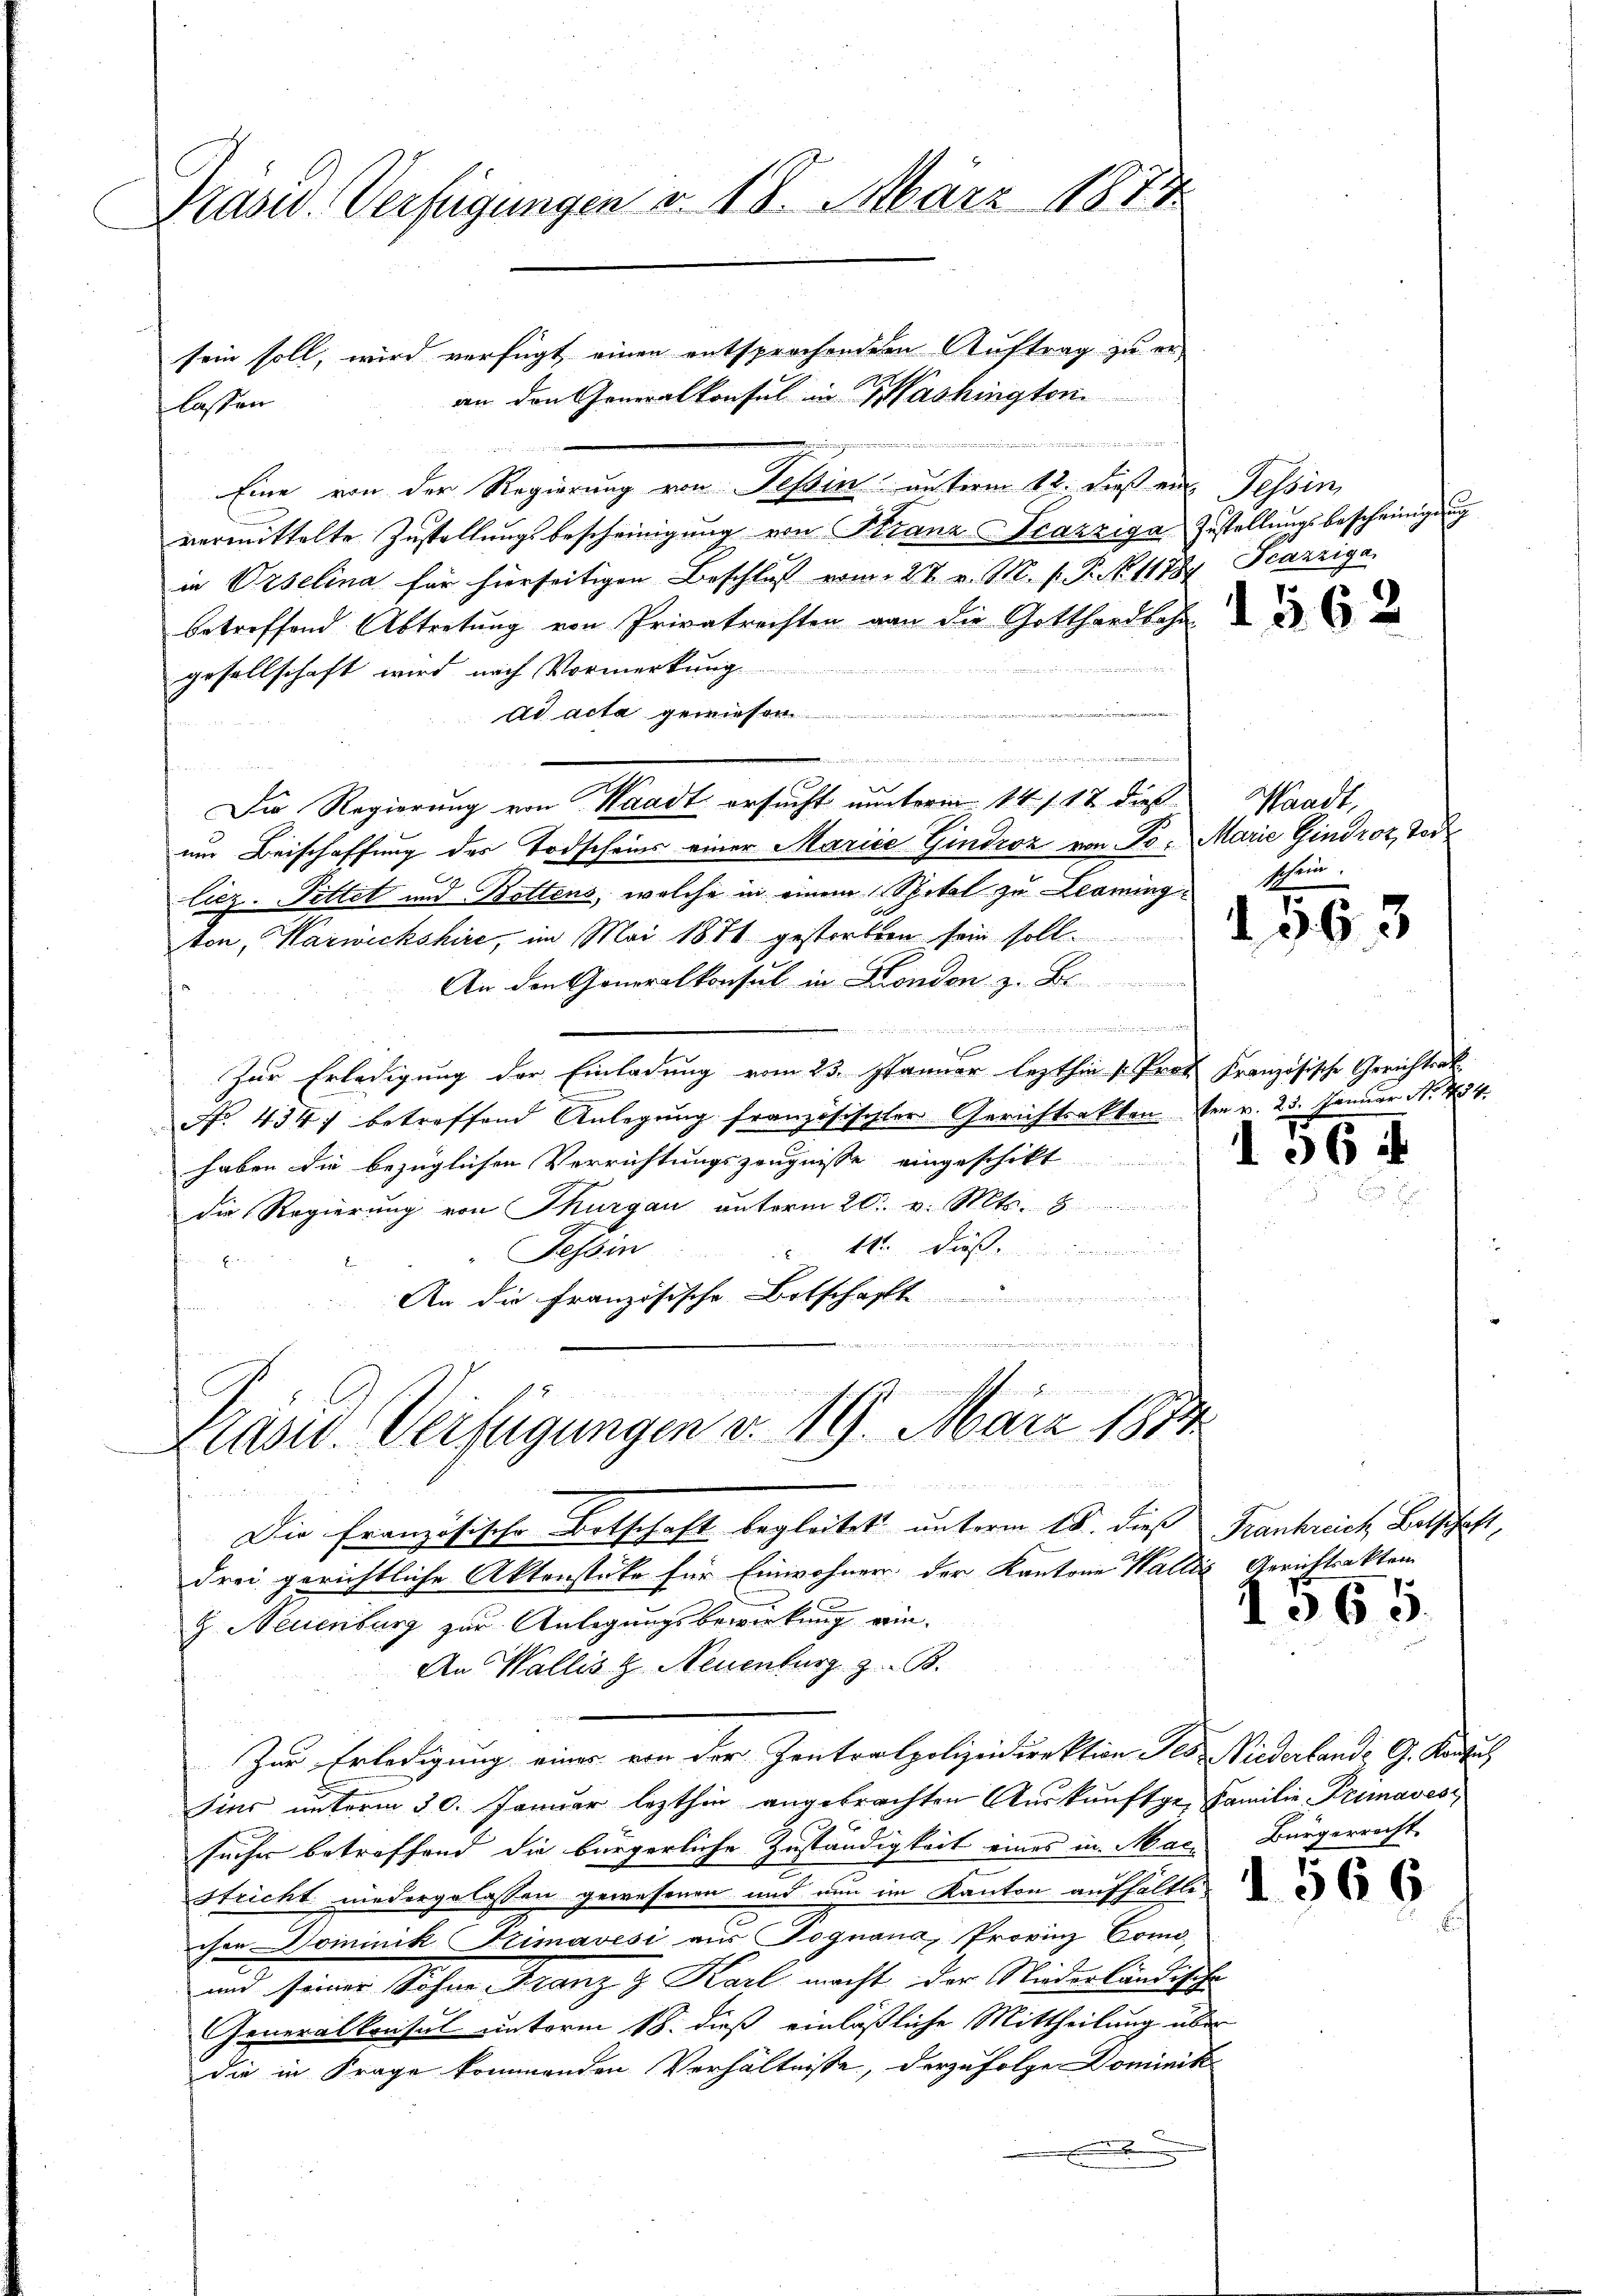
Präsid. Verfügungen v. 18. März 1874

sein soll, wird verfügt einen entsprochenden Auftrag zu eran den Generalkonsul in Washingten
lassen

Eine von der Regierung von Tessin unterm 12. dieß ein Tessin,
vermittelte Zustellungsbescheinigung von Stranz-Trazziga Zustellungsbescheinigung
in Orselina für hierseitigen Beschluss vom 27. v. M. v. P. N. 11784 Fcazziga
betreffend Abtretung von Privatrechten von die Gotthardbahn
gesellschaft wird nach Vormerkung
ad acta gewiesen
.
um Beischaffung des Todscheins einer Marice Gindroz von Toliez. Pittet und Bettens, welche in einem Spital zu Leomingten, Warwickshire, im Mai 1874 gestorben sein soll.
An den Generalkonsul in London z. B.
.
Zur Erledigung der Einladung vom 23. Januar lezthin u Prof. Französische Gerichtrak
No. 434. betreffend Anlegung französischter Gerichtsakten den v. 23. Januar No 484.
haben die bezüglichen Verrichtungszeugnisse eingeschikt
die Regierung von Thurgau unterm 20. v. Mts. 8
 14. Dies
Tessin
An die Französische Botschaft ...........
 de den den in der hier verbunden zu verst

Die Regierung von Waadt ersucht unterm 14. 117 dies

Präsid. Verfügungen v. 19. März 1874.

Zur Erledigung einer von der Zentralpolizeidirektion des Niederlande G. Konsul

Die Französische Botschaft begleitet unterm 18. dieß Frankreich Betschaft,
drei gerichtliche Aktenstüke für Einwohner der Kantone Wallis Gerichtsakten
G. Neuenburg zur Anlegungsbewirkung ein¬
An Wallis & Neuenburg z. B.
sins unterm 30. Januar lezthin angebrachten Auskunftge- Familie Primavesisucher betreffend die bürgerliche Zuständigkeit eines in Male Bürgerrecht
Stricht niedergelassen gewesenen und nun im Kanton aufhältli
cher Dominik Simavési aus Tognana, Provinz Como,
und seiner Sohne Franz & Karl macht der Niederländische
Generalkonsul unterm 18. dieß einläßliche Mittheilung über
die in Frage kommenden Verhältnisse, derzufolge Dominik
.

1562

Hand
Marie Gindrot, Tode
schein.

563

106 f

1965.